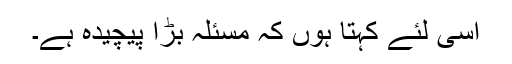
اسى لئے کہتا ہوں کہ مسئلہ بڑا پیچیده ہے۔